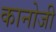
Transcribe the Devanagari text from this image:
कानोजी